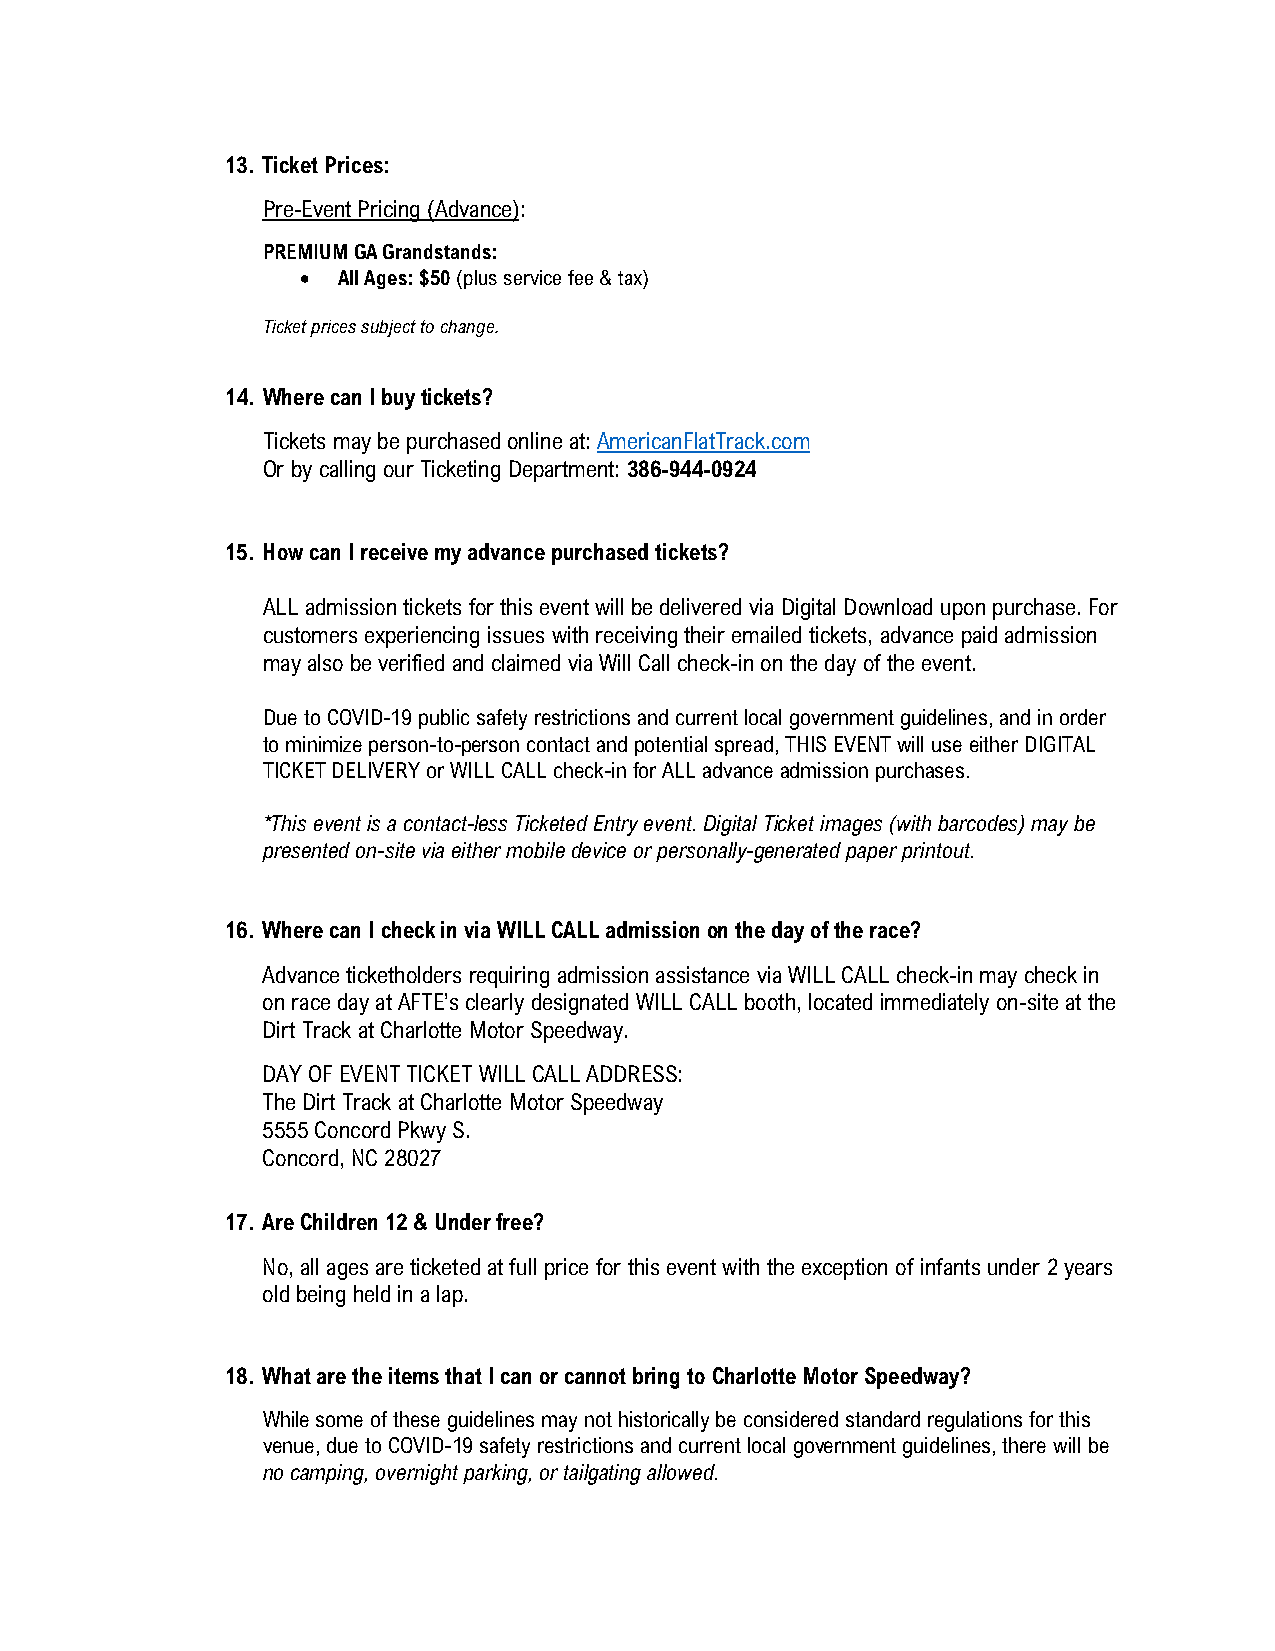
13. Ticket Prices:
 Pre-Event Pricing (Advance):
 PREMIUM GA Grandstands:
 • All Ages: $50 (plus service fee & tax)
 Ticket prices subject to change.
 14. Where can I buy tickets?
 Tickets may be purchased online at: AmericanFlatTrack.com
 Or by calling our Ticketing Department: 386-944-0924
 15. How can I receive my advance purchased tickets?
 ALL admission tickets for this event will be delivered via Digital Download upon purchase. For
 customers experiencing issues with receiving their emailed tickets, advance paid admission
 may also be verified and claimed via Will Call check-in on the day of the event.
 Due to COVID-19 public safety restrictions and current local government guidelines, and in order
 to minimize person-to-person contact and potential spread, THIS EVENT will use either DIGITAL
 TICKET DELIVERY or WILL CALL check-in for ALL advance admission purchases.
 *This event is a contact-less Ticketed Entry event. Digital Ticket images (with barcodes) may be
 presented on-site via either mobile device or personally-generated paper printout.
 16. Where can I check in via WILL CALL admission on the day of the race?
 Advance ticketholders requiring admission assistance via WILL CALL check-in may check in
 on race day at AFTE’s clearly designated WILL CALL booth, located immediately on-site at the
 Dirt Track at Charlotte Motor Speedway.
 DAY OF EVENT TICKET WILL CALL ADDRESS:
 The Dirt Track at Charlotte Motor Speedway
 5555 Concord Pkwy S.
 Concord, NC 28027
 17. Are Children 12 & Under free?
 No, all ages are ticketed at full price for this event with the exception of infants under 2 years
 old being held in a lap.
 18. What are the items that I can or cannot bring to Charlotte Motor Speedway?
 While some of these guidelines may not historically be considered standard regulations for this
 venue, due to COVID-19 safety restrictions and current local government guidelines, there will be
 no camping, overnight parking, or tailgating allowed.